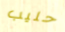
حليب